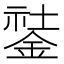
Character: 𨧽